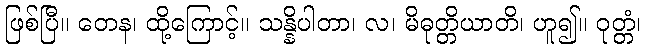
ဖြစ်ပြီ။ တေန၊ ထို့ကြောင့်။ သန္နိပါတာ၊ လ၊ မိဓုတ္တိယာတိ၊ ဟူ၍။ ဝုတ္တံ၊